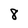
Character: 8